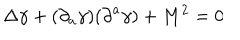
\Delta \gamma + ( { \partial } _ { a } \gamma ) ( { \partial } ^ { a } { \gamma } ) + M ^ { 2 } = 0